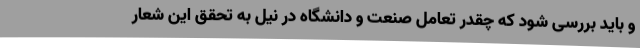
و باید بررسی شود که چقدر تعامل صنعت و دانشگاه در نیل به تحقق این شعار